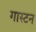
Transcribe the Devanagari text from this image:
गास्टन